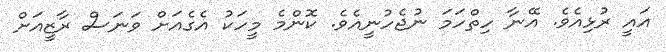
އައީ ރުޅިއެވެ. އޭނާ ހިތްހަމަ ނުޖެހުނީއެވެ. ކޮންމެ މީހަކު އެގެއަށް ވަނަސް ރާޒީއަށް